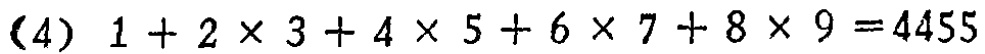
\((4)\ 1 + 2\times3 + 4\times5 + 6\times7 + 8\times9 = 4455\)